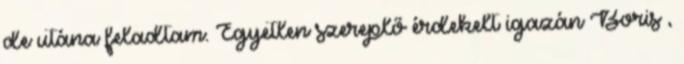
de utána feladtam. Egyetlen szereplő érdekelt igazán Boris ,